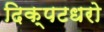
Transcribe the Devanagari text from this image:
दिक्पटधरो